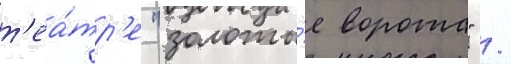
т'еа́тр'е "золоты́е ворота" /